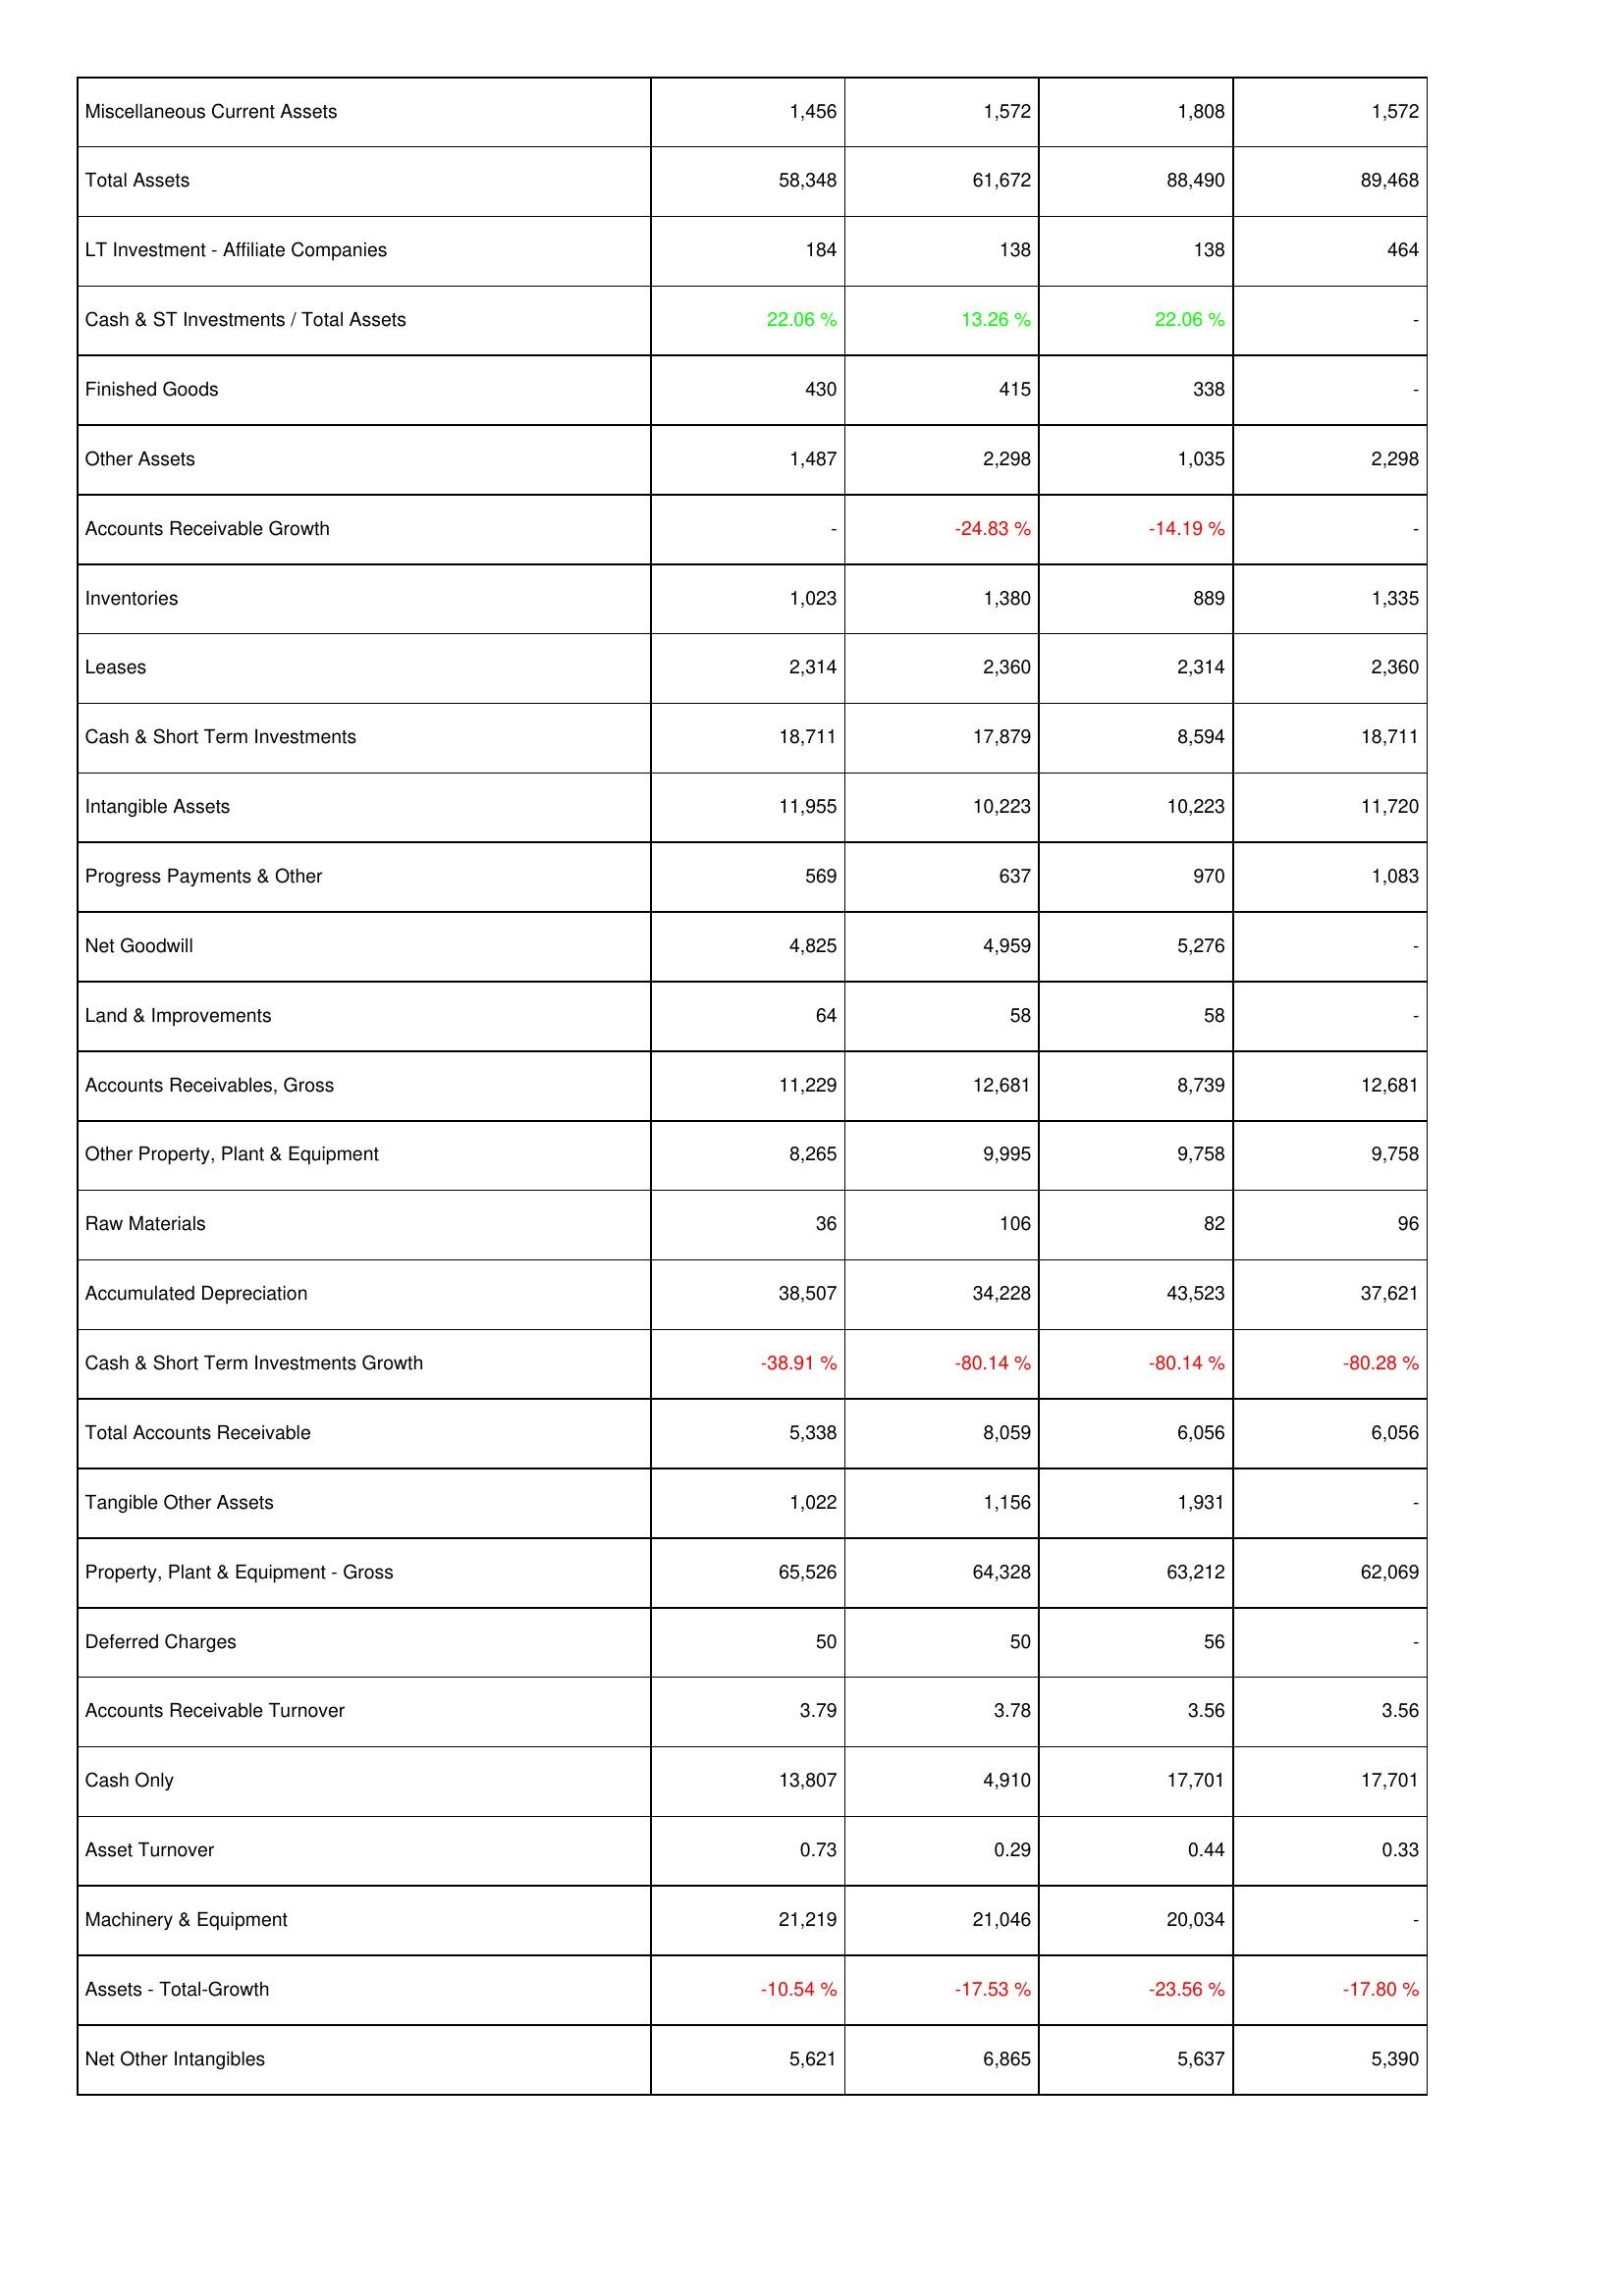
2018: Assets: Miscellaneous Current Assets: 1,456
Total Assets: 58,348
LT Investment - Affiliate Companies: 184
Cash & ST Investments / Total Assets: 22.06 %
Finished Goods: 430
Other Assets: 1,487
Accounts Receivable Growth: -
Inventories: 1,023
Leases: 2,314
Cash & Short Term Investments: 18,711
Intangible Assets: 11,955
Progress Payments & Other: 569
Net Goodwill: 4,825
Land & Improvements: 64
Accounts Receivables, Gross: 11,229
Other Property, Plant & Equipment: 8,265
Raw Materials: 36
Accumulated Depreciation: 38,507
Cash & Short Term Investments Growth: -38.91 %
Total Accounts Receivable: 5,338
Tangible Other Assets: 1,022
Property, Plant & Equipment - Gross: 65,526
Deferred Charges: 50
Accounts Receivable Turnover: 3.79
Cash Only: 13,807
Asset Turnover: 0.73
Machinery & Equipment: 21,219
Assets - Total-Growth: -10.54 %
Net Other Intangibles: 5,621
2017: Assets: Miscellaneous Current Assets: 1,572
Total Assets: 61,672
LT Investment - Affiliate Companies: 138
Cash & ST Investments / Total Assets: 13.26 %
Finished Goods: 415
Other Assets: 2,298
Accounts Receivable Growth: -24.83 %
Inventories: 1,380
Leases: 2,360
Cash & Short Term Investments: 17,879
Intangible Assets: 10,223
Progress Payments & Other: 637
Net Goodwill: 4,959
Land & Improvements: 58
Accounts Receivables, Gross: 12,681
Other Property, Plant & Equipment: 9,995
Raw Materials: 106
Accumulated Depreciation: 34,228
Cash & Short Term Investments Growth: -80.14 %
Total Accounts Receivable: 8,059
Tangible Other Assets: 1,156
Property, Plant & Equipment - Gross: 64,328
Deferred Charges: 50
Accounts Receivable Turnover: 3.78
Cash Only: 4,910
Asset Turnover: 0.29
Machinery & Equipment: 21,046
Assets - Total-Growth: -17.53 %
Net Other Intangibles: 6,865
2016: Assets: Miscellaneous Current Assets: 1,808
Total Assets: 88,490
LT Investment - Affiliate Companies: 138
Cash & ST Investments / Total Assets: 22.06 %
Finished Goods: 338
Other Assets: 1,035
Accounts Receivable Growth: -14.19 %
Inventories: 889
Leases: 2,314
Cash & Short Term Investments: 8,594
Intangible Assets: 10,223
Progress Payments & Other: 970
Net Goodwill: 5,276
Land & Improvements: 58
Accounts Receivables, Gross: 8,739
Other Property, Plant & Equipment: 9,758
Raw Materials: 82
Accumulated Depreciation: 43,523
Cash & Short Term Investments Growth: -80.14 %
Total Accounts Receivable: 6,056
Tangible Other Assets: 1,931
Property, Plant & Equipment - Gross: 63,212
Deferred Charges: 56
Accounts Receivable Turnover: 3.56
Cash Only: 17,701
Asset Turnover: 0.44
Machinery & Equipment: 20,034
Assets - Total-Growth: -23.56 %
Net Other Intangibles: 5,637
2015: Assets: Miscellaneous Current Assets: 1,572
Total Assets: 89,468
LT Investment - Affiliate Companies: 464
Cash & ST Investments / Total Assets: -
Finished Goods: -
Other Assets: 2,298
Accounts Receivable Growth: -
Inventories: 1,335
Leases: 2,360
Cash & Short Term Investments: 18,711
Intangible Assets: 11,720
Progress Payments & Other: 1,083
Net Goodwill: -
Land & Improvements: -
Accounts Receivables, Gross: 12,681
Other Property, Plant & Equipment: 9,758
Raw Materials: 96
Accumulated Depreciation: 37,621
Cash & Short Term Investments Growth: -80.28 %
Total Accounts Receivable: 6,056
Tangible Other Assets: -
Property, Plant & Equipment - Gross: 62,069
Deferred Charges: -
Accounts Receivable Turnover: 3.56
Cash Only: 17,701
Asset Turnover: 0.33
Machinery & Equipment: -
Assets - Total-Growth: -17.80 %
Net Other Intangibles: 5,390